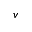
v